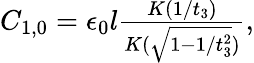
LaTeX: \begin{array}{r}{C_{1,0}=\epsilon_{0}l\frac{K(1/t_{3})}{K(\sqrt{1-1/t_{3}^{2}})},}\end{array}